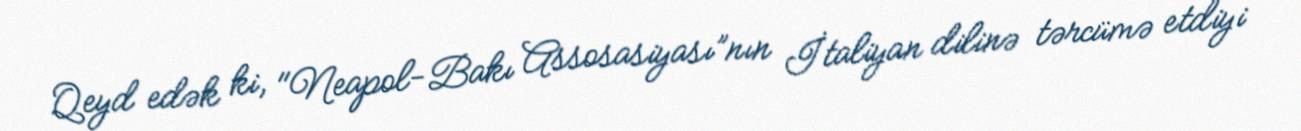
Qeyd edək ki, "Neapol-Bakı Assosasiyası”nın İtaliyan dilinə tərcümə etdiyi